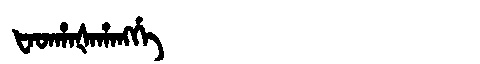
Manchu: ᡶᠠᡨᡥᠠᡧᠠᡥᠠᠩᡤᡝ
Romanization: FATHAŠAHANGGE